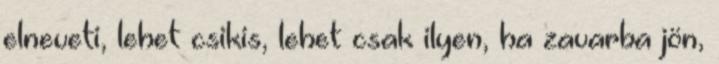
elneveti, lehet csikis, lehet csak ilyen, ha zavarba jön,